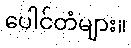
ပေါင်တံများ။